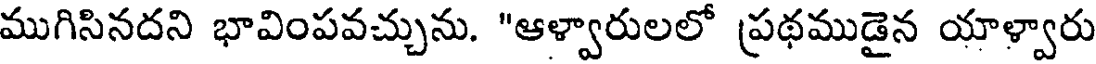
ముగిసినదని భావింపవచ్చును. "ఆళ్వారులలో ప్రథముడైన యాళ్వారు